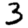
Digit: 3